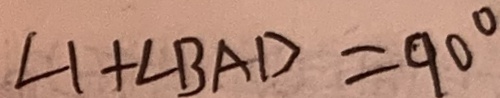
\angle 1 + \angle B A D = 9 0 ^ { \circ }